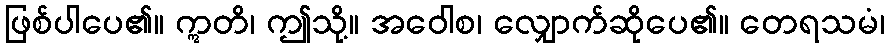
ဖြစ်ပါပေ၏။ ဣတိ၊ ဤသို့။ အဝေါစ၊ လျှောက်ဆိုပေ၏။ တေရသမံ၊